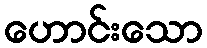
ဟောင်းသော